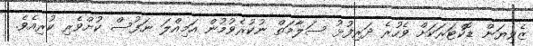
ޒެވިޔަން ޑޮކްޓަރަކަށް ވެހުރެ ދަރިފުޅު ސަލާމަތް ނުކުރެވުމުން އަމިއްލަ ނަފުސް ކުށްވެރި ކުރިއެވެ.